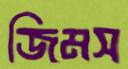
জিমস